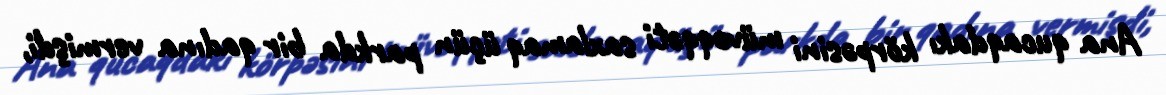
Ana qucaqdakı körpəsini müvəqqəti saxlamaq üçün parkda bir qadına vermişdi,